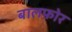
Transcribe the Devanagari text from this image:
बालफ़ोर